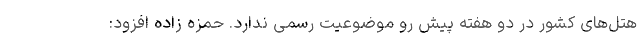
هتل‌های کشور در دو هفته پیش رو موضوعیت رسمی ندارد. حمزه زاده افزود: